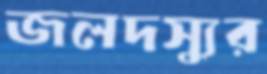
জলদস্যুর